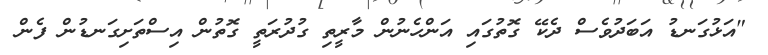
"އަޅުގަނޑު އަބަދުވެސް ދެކޭ ގޮތުގައި އަންހެނުން މާރީތި ގުދުރަތީ ގޮތުން އިސްތަށިގަނޑުން ފެން